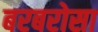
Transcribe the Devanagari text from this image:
बरबरोसा